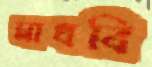
মাধবি